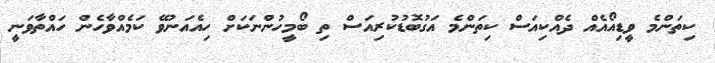
ކިތަންމެ ވީޑިއޯއެއް ދެއްކިއަސް ކިތަންމެ އަގުބޮޑުކުރިއަސް ތި ބޯމީހުންނަކަށް ހިއެއަނުވޭ ކަމެއްވާހެން ހައްތާވަނީ